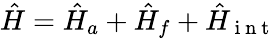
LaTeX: \hat{H}=\hat{H}_{a}+\hat{H}_{f}+\hat{H}_{\mathrm{~i~n~t~}}